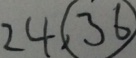
2 4 , \textcircled { 3 6 }